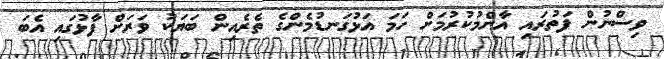
ވިސްނުން ފަތުރައި އާންމުކުރުމަށް ހަމަ އަޅުގަނޑުމެންގެ ތެރެއިން ބަޔަކު ވަރަށް ފާޅުގައި އެބަ